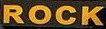
ROCK